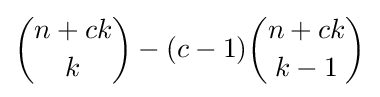
{\binom {n+ck}{k}}-(c-1){\binom {n+ck}{k-1}}